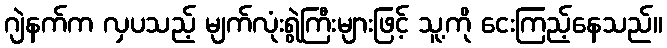
ဂျဲနက်က လှပသည့် မျက်လုံးရွဲကြီးများဖြင့် သူ့ကို ငေးကြည့်နေသည်။